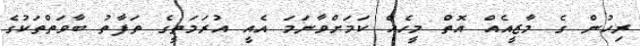
ރިހުން ގެ މާޒީއެއް އޮތް މީހެއް ކަމަށްވާނަމަ އެއީ އުރަމަތީގެ ތަފާތު ބާވަތްތަކުގެ